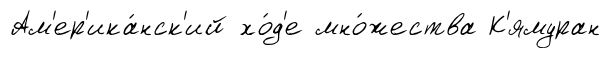
Ам'ер'ика́нск'ий хо́д'е мно́жества К'ямуран